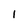
Character: 1